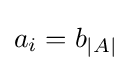
{\textstyle a_{i}=b_{|A|}}